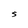
Character: S